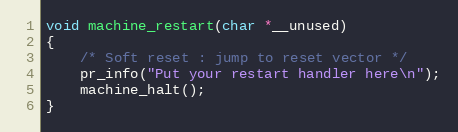
Language: C
void machine_restart(char *__unused)
{
	/* Soft reset : jump to reset vector */
	pr_info("Put your restart handler here\n");
	machine_halt();
}